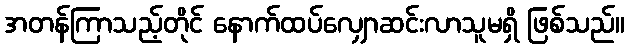
အတန်ကြာသည့်တိုင် နောက်ထပ်လျှောဆင်းလာသူမရှိ ဖြစ်သည်။